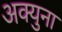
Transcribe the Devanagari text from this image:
अक्युना